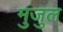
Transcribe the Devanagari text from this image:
मुंजुल